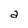
Character: a